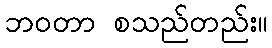
ဘဝတာ စသည်တည်း။